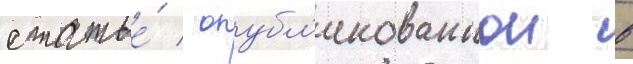
статье́ / опубл'икованнои в